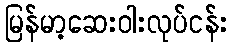
မြန်မာ့ဆေးဝါးလုပ်ငန်း